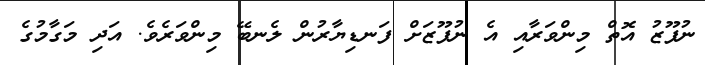
ނުފޫޒު އޮތް މިންވަރާއި އެ ނުފޫޒަށް ފަނޑިޔާރުން ލެނބޭ މިންވަރެވެ. އަދި މަގާމުގެ